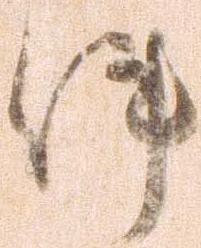
件